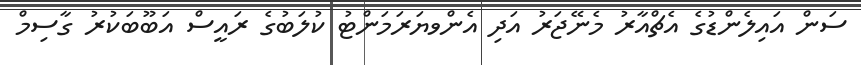
ސަން އައިލެންޑުގެ އެޗްއާރު މެނޭޖަރު އަދި އެންވޔަރަމަންޓު ކުލަބުގެ ރައީސް އަބޫބަކުރު ގާސިމް